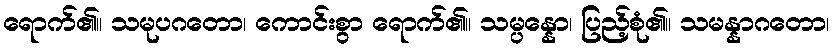
ရောက်၏။ သမုပဂတော၊ ကောင်းစွာ ရောက်၏။ သမ္ပန္နော၊ ပြည့်စုံ၏။ သမန္နာဂတော၊